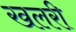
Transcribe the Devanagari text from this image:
खलरी